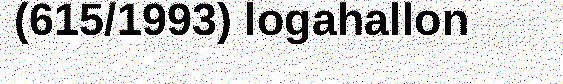
(615/1993) logahallon